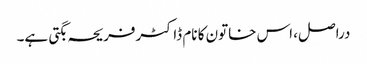
دراصل، اس خاتون کا نام ڈاکٹرفریحہ بگتی ہے۔